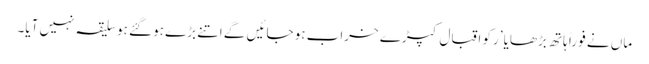
ماں نے فو راً ہاتھ بڑھایا ’رکو اقبال کپڑے خراب ہو جائیں گے اتنے بڑے ہو گئے ہو سلیقہ نہیں آیا۔